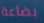
بضاعة